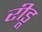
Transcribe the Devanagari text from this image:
रीडू